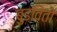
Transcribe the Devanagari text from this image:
बुडवितो